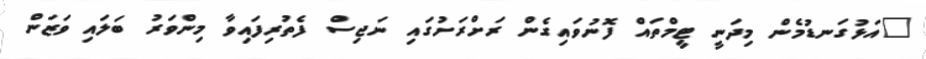
"އަޅުގަނޑުމެން މިދަނީ ޓީމްތައް ފޮނުވައިގެން ރަށްރަށުގައި ނަޖިސް ފެތުރިފައިވާ މިންވަރު ބަލައި ވަޒަން